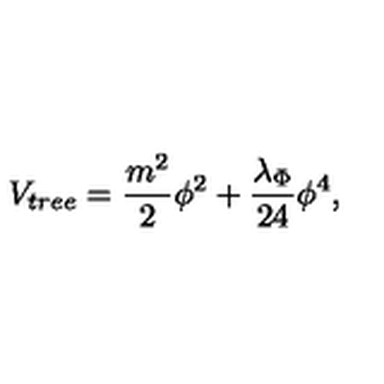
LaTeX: V _ { t r e e } = { \frac { m ^ { 2 } } { 2 } } \phi ^ { 2 } + { \frac { \lambda _ { \Phi } } { 2 4 } } \phi ^ { 4 } ,